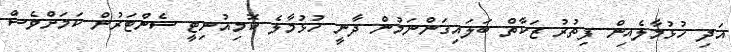
އަދި ހުޅުމާލެއިން ފިތުރު ޒަކާތް ބަލައިގަންނަމުން ދާނީ ހުޅުމާލެ ކޮމިއުނިޓީ ސެންޓަރުން ކަމަށްވެސް